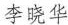
李晓华